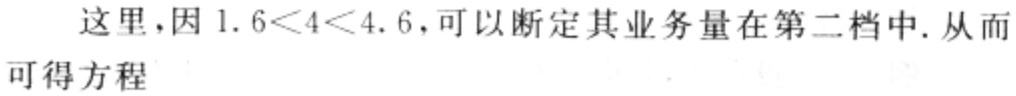
这里，因\(1.6<4<4.6\)，可以断定其业务量在第二档中. 从而可得方程